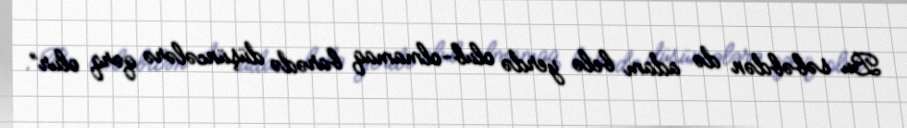
Bu səbəbdən də adam belə yerdə olub-olmamaq barədə düşüncələrə qərq olur”.